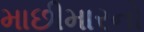
માછીમારનો